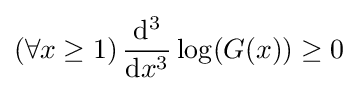
(\forall x\geq 1)\,{\frac {\mathrm {d} ^{3}}{\mathrm {d} x^{3}}}\log(G(x))\geq 0